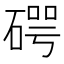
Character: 𥔲